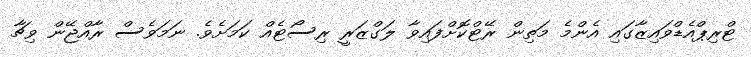
ޓްރިޕްއެޑްވައިޒާގައި އެންމެ މަތިން ރޭޓްކޮށްފައިވާ ލަގްޒަރީ ރިސޯޓެއް ކަމަށެވެ. ނަމަވެސް ރާއްޖޭން ވިޗާ